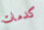
كدمات